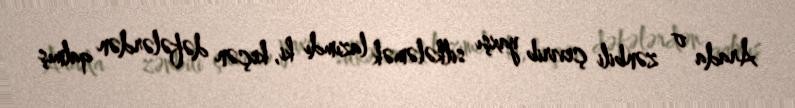
Arada o zənbili çevirib yaxşı silkələmək lazımdı ki, keçən dəfələrdən qalmış